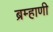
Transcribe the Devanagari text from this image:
ब्रम्हाणी